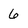
Character: 6